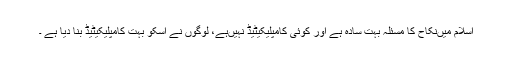
اسلام میں‌نکاح کا مسئلہ بہت سادہ ہے اور کوئی کامپلیکیٹیڈ نہیں‌ہے، لوگوں نے اسکو بہت کامپلیکیٹیڈ بنا دیا ہے ۔